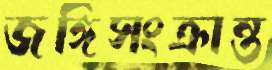
জঙ্গিসংক্রান্ত